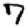
Digit: 7